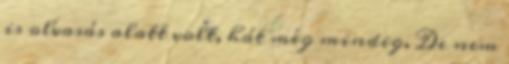
is olvasás alatt volt, hát még mindig. De nem